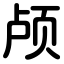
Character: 颅